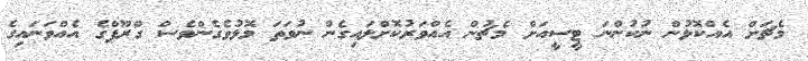
މެޗަށް އެއްކޮޅުން ނުކުންނަ ޓީސީއަށް މެޗުން އެއްވަރުކޮށްލައިގެން ނުވަތަ މޮޅުވެގެންވެސް ގްރޫޕްގެ އެއްވަނައިގެ